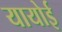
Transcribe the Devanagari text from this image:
यायोई